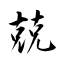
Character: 兢